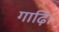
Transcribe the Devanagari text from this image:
गाढ़ि।